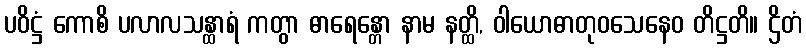
ပဝိဋ္ဌံ ကောစိ ပလာလသန္ထာရံ ကတွာ ဓာရေန္တော နာမ နတ္ထိ, ဝါယောဓာတုဝသေနေဝ တိဋ္ဌတိ။ ဌိတံ